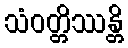
သံဝတ္တိဿန္တိ